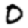
Digit: 0